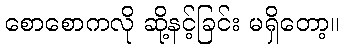
စောစောကလို ဆို့နင့်ခြင်း မရှိတော့။